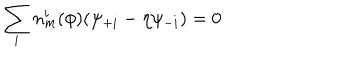
\sum _ { i } n _ { m } ^ { i } ( \phi ) ( \psi _ { + i } - \eta \psi _ { - i } ) = 0